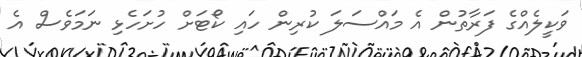
ވަކީލެއްގެ ފަރާތުން އެ މައްސަލަ ކުރިން ހައި ކޯޓަށް ހުށަހެޅި ނަމަވެސް އެ